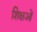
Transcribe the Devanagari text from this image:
शिक्षओं